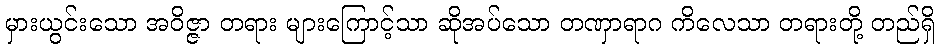
မှားယွင်းသော အဝိဇ္ဇာ တရား များကြောင့်သာ ဆိုအပ်သော တဏှာရာဂ ကိလေသာ တရားတို့ တည်ရှိ